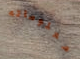
معلوماته